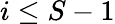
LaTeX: i\leq S-1